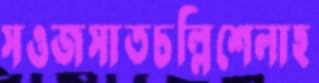
সওজসাতচল্লিশেলাহ